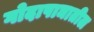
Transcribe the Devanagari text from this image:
गोदापाञातील